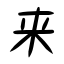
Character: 来